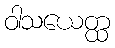
ဝါသယေတ္ထ